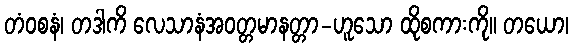
တံဝစနံ၊ တဒါကိ လေသာနံအဝတ္တမာနတ္တာ-ဟူသော ထိုစကားကို။ တယော၊